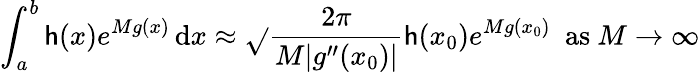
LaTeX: \int_{a}^{b}\mathsf{h}(x)e^{Mg(x)}\, \mathrm{d}x\approx{\sqrt{}{{\frac{{2\pi}}{{M|g^{\prime\prime}(x_{0})|}}}}}\mathsf{h}(x_{0})e^{Mg(x_{0})}\ {\mathrm{{~as~}}}M\to\infty